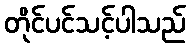
တိုင်ပင်သင့်ပါသည်